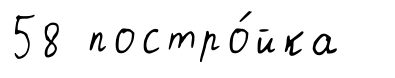
58 постро́йка